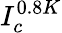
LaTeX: I_{c}^{0.8K}